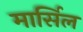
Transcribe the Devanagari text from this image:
मार्सिल